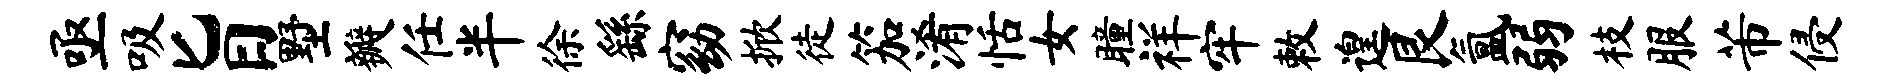
亟吸旨墅瓣任半徐繇窈掀徒笳淆恬女瞳祥牢敕遑艮氲弱枝服芾侵